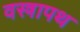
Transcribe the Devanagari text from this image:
वस्त्रापथ